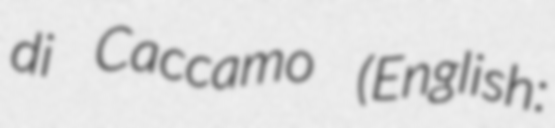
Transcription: di Caccamo (English: